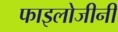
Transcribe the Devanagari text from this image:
फाइलोजीनी